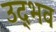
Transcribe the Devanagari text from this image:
उद्‍भव